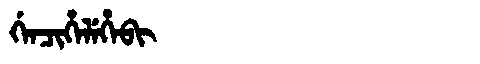
Manchu: ᡤᡝᠨᠴᡳᡥᡝᠯᡝᡥᡝᠪᡳ
Romanization: GENCIHELEHEBI